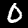
Label: 0